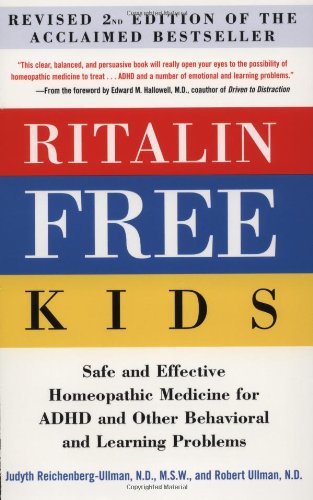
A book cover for Ritalin-Free Kids: Safe and Effective Homeopathic Medicine for ADHD and Other Behavioral and Learning Problems; Judyth Reichenberg-Ullman; Parenting & Relationships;